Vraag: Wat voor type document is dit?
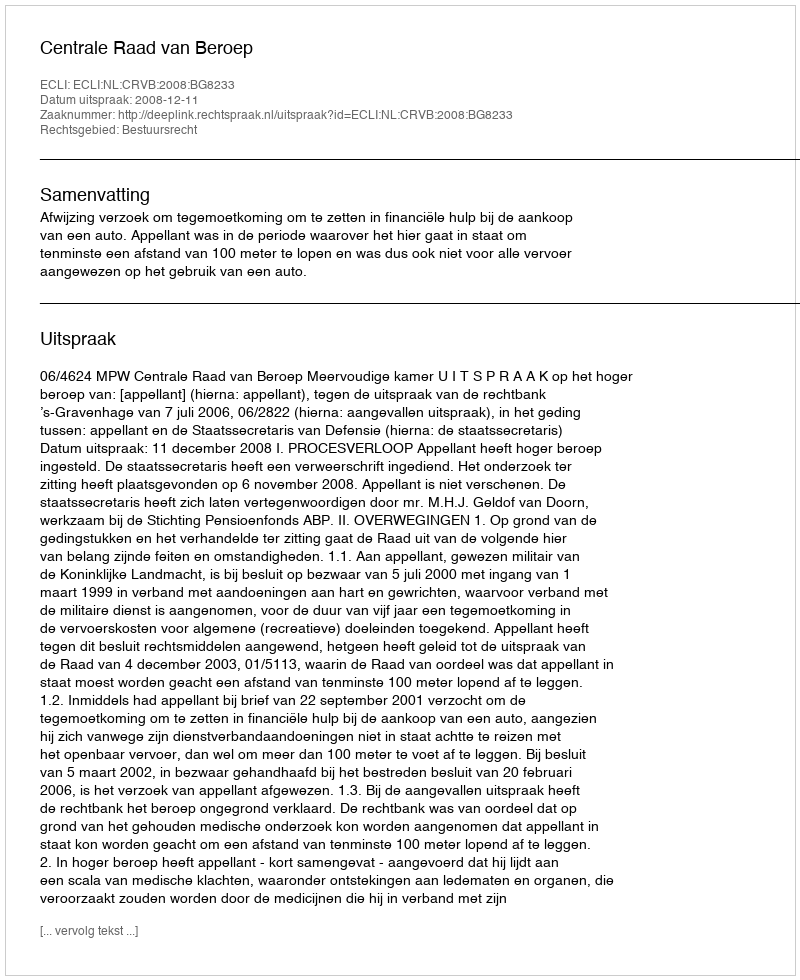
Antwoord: Uitspraak